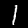
Digit: 1